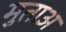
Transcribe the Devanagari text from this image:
मुताअ